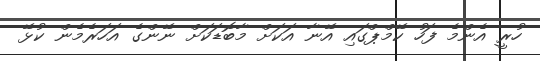
ހުރީ އެންމެ ފަހު ކޭމްޕްގައި އޭނާ އަކަށް މާބޮޑަކަށް ނޭންގެ އަހަރެމެން ކުޅޭ